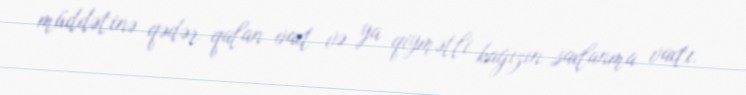
müddətinə qədər qalan vaxt və ya qiymətli kağızın saxlanma vaxtı.